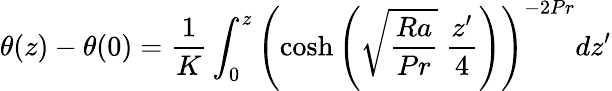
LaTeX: \theta(z)-\theta(0)=\frac{1}{K}\int_{0}^{z}\left(\cosh{\left(\sqrt{\frac{Ra}{Pr}}\ \frac{z^{\prime}}{4}\right)}\right)^{-2Pr}dz^{\prime}